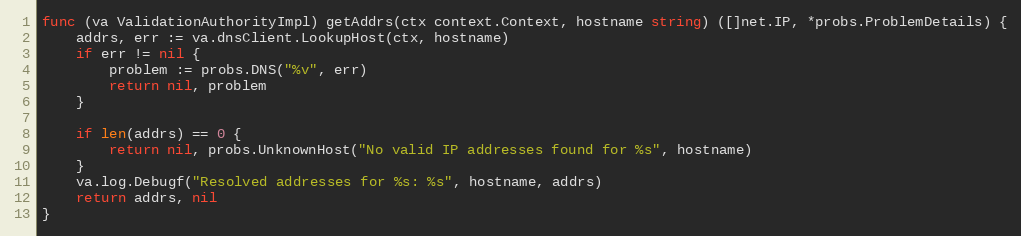
Language: Go
func (va ValidationAuthorityImpl) getAddrs(ctx context.Context, hostname string) ([]net.IP, *probs.ProblemDetails) {
	addrs, err := va.dnsClient.LookupHost(ctx, hostname)
	if err != nil {
		problem := probs.DNS("%v", err)
		return nil, problem
	}

	if len(addrs) == 0 {
		return nil, probs.UnknownHost("No valid IP addresses found for %s", hostname)
	}
	va.log.Debugf("Resolved addresses for %s: %s", hostname, addrs)
	return addrs, nil
}